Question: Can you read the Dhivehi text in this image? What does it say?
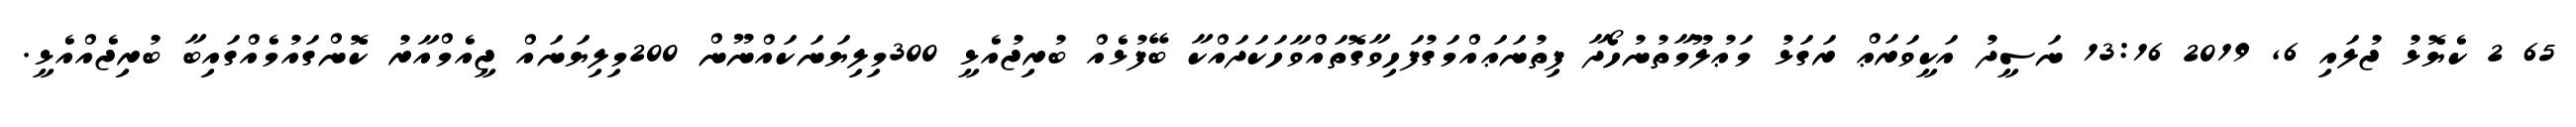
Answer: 65 2 ކެޔޮޅު ޖުލައި 6, 2019 13:16 ނަސީދު އަކީވަރަޢް ރަގަޅު މަޢުލޫމާތުނުހޯދާ ފިތުނަޢައްމަގުފަހިވާގޮތައްވާހަކަދައްކާ ބޭފުޅެއް ބުރިޖުއެޅީ 300މިލިޔަނަކައްނޫން 200މިލިޔަނައް ޖީއެމްއާރު ކޮންގައުމެއްގައިބާ ބުރިޖެއްއެޅީ.